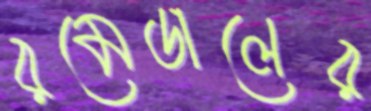
রমেডালের